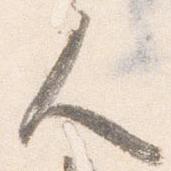
人